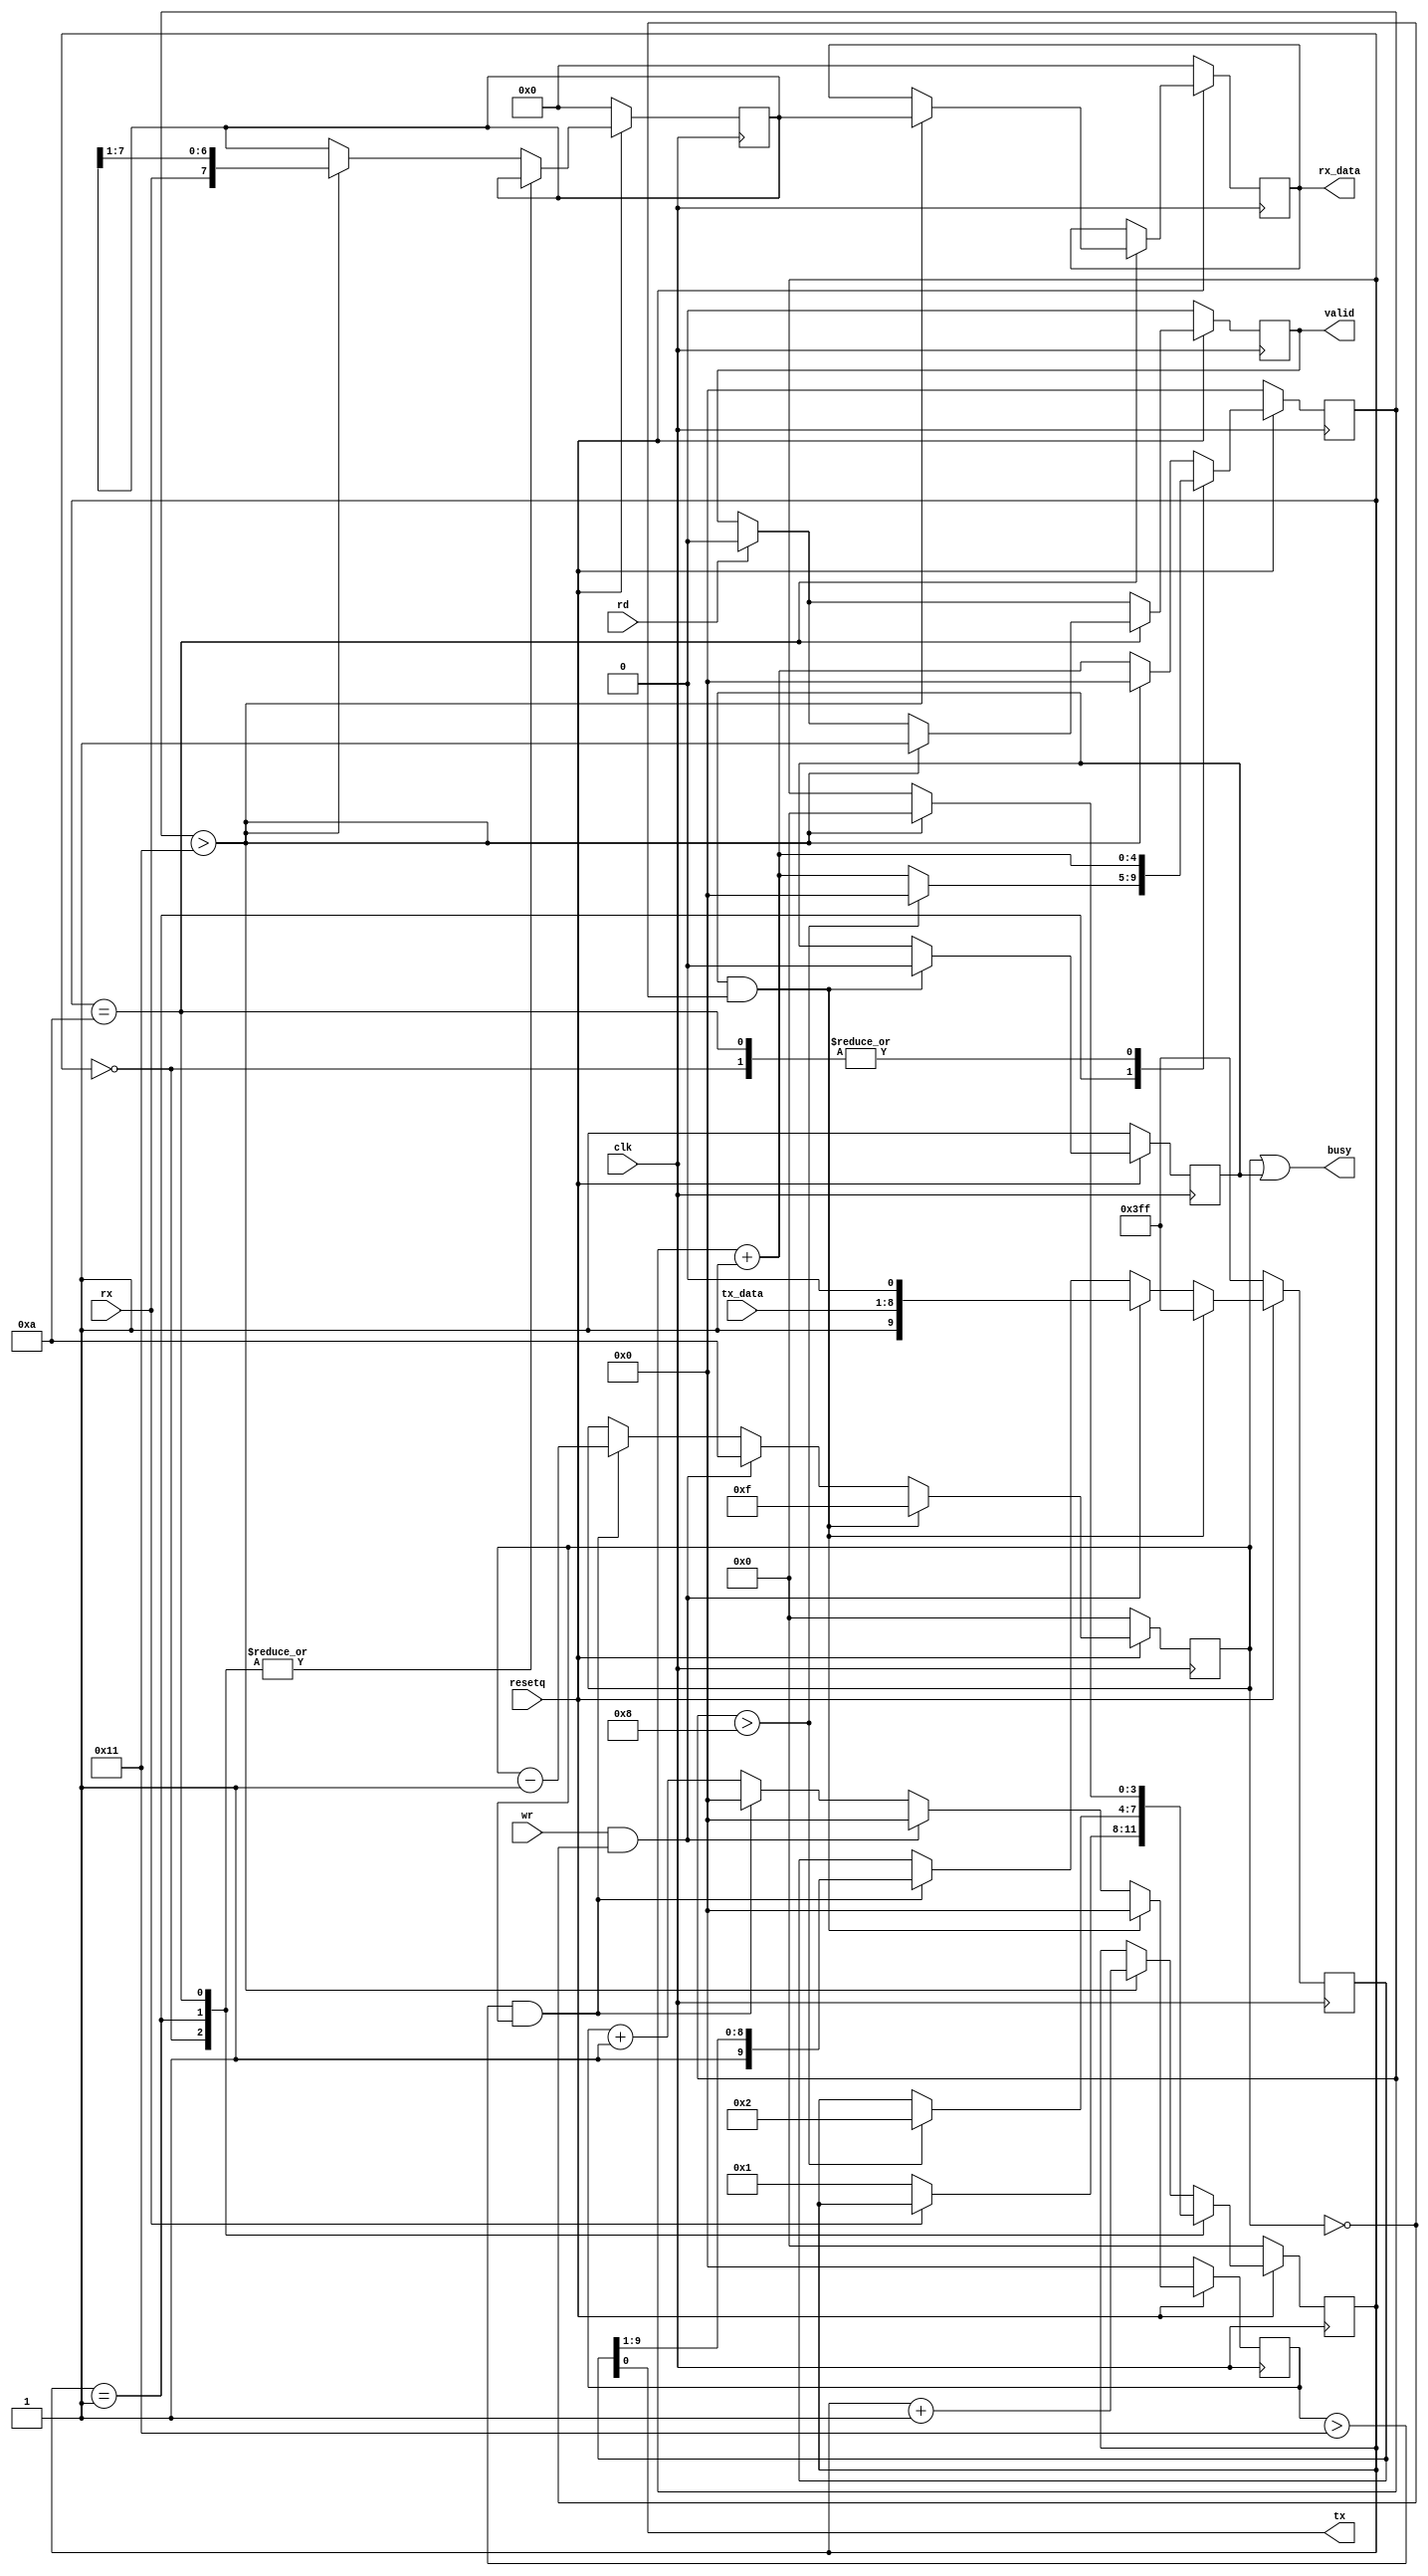
/*
 *  PicoSoC - A simple example SoC using PicoRV32
 *
 *  Copyright (C) 2017  Clifford Wolf <clifford@clifford.at>
 *
 *  Permission to use, copy, modify, and/or distribute this software for any
 *  purpose with or without fee is hereby granted, provided that the above
 *  copyright notice and this permission notice appear in all copies.
 *
 *  THE SOFTWARE IS PROVIDED "AS IS" AND THE AUTHOR DISCLAIMS ALL WARRANTIES
 *  WITH REGARD TO THIS SOFTWARE INCLUDING ALL IMPLIED WARRANTIES OF
 *  MERCHANTABILITY AND FITNESS. IN NO EVENT SHALL THE AUTHOR BE LIABLE FOR
 *  ANY SPECIAL, DIRECT, INDIRECT, OR CONSEQUENTIAL DAMAGES OR ANY DAMAGES
 *  WHATSOEVER RESULTING FROM LOSS OF USE, DATA OR PROFITS, WHETHER IN AN
 *  ACTION OF CONTRACT, NEGLIGENCE OR OTHER TORTIOUS ACTION, ARISING OUT OF
 *  OR IN CONNECTION WITH THE USE OR PERFORMANCE OF THIS SOFTWARE.
 *
 */

 // October 2019, Matthias Koch: Renamed wires
 // December 2020, Bruno Levy: parameterization with freq and bauds

module buart #(
  parameter FREQ_MHZ = 2,
  parameter BAUDS    = 115200	       
) (
    input clk,
    input resetq,

    output tx,
    input  rx,

    input  wr,
    input  rd,
    input  [7:0] tx_data,
    output [7:0] rx_data,

    output busy,
    output valid
);

    parameter divider = FREQ_MHZ * 1000000 / BAUDS;
   
    reg [3:0] recv_state;
    reg [$clog2(divider)-1:0] recv_divcnt;   // Counts to divider. Reserve enough bytes !
    reg [7:0] recv_pattern;
    reg [7:0] recv_buf_data;
    reg recv_buf_valid;

    reg [9:0] send_pattern;
    reg send_dummy;
    reg [3:0] send_bitcnt;
    reg [$clog2(divider)-1:0] send_divcnt;   // Counts to divider. Reserve enough bytes !

    assign rx_data = recv_buf_data;
    assign valid = recv_buf_valid;
    assign busy = (send_bitcnt || send_dummy);

    always @(posedge clk) begin
        if (!resetq) begin

            recv_state <= 0;
            recv_divcnt <= 0;
            recv_pattern <= 0;
            recv_buf_data <= 0;
            recv_buf_valid <= 0;

        end else begin
            recv_divcnt <= recv_divcnt + 1;

            if (rd) recv_buf_valid <= 0;

            case (recv_state)
                0: begin
                    if (!rx)
                        recv_state <= 1;
                end
                1: begin
                    if (recv_divcnt > divider/2) begin
                        recv_state <= 2;
                        recv_divcnt <= 0;
                    end
                end
                10: begin
                    if (recv_divcnt > divider) begin
                        recv_buf_data <= recv_pattern;
                        recv_buf_valid <= 1;
                        recv_state <= 0;
                    end
                end
                default: begin
                   if (recv_divcnt > divider) begin
                        recv_pattern <= {rx, recv_pattern[7:1]};
                        recv_state <= recv_state + 1;
                        recv_divcnt <= 0;
                    end
                end
            endcase
        end
    end

    assign tx = send_pattern[0];

    always @(posedge clk) begin
        send_divcnt <= send_divcnt + 1;
        if (!resetq) begin
            send_pattern <= ~0;
            send_bitcnt <= 0;
            send_divcnt <= 0;
            send_dummy <= 1;
        end else begin
            if (send_dummy && !send_bitcnt) begin
                send_pattern <= ~0;
                send_bitcnt <= 15;
                send_divcnt <= 0;
                send_dummy <= 0;
            end else if (wr && !send_bitcnt) begin
                send_pattern <= {1'b1, tx_data[7:0], 1'b0};
                send_bitcnt <= 10;
                send_divcnt <= 0;
            end else if (send_divcnt > divider && send_bitcnt) begin
                send_pattern <= {1'b1, send_pattern[9:1]};
                send_bitcnt <= send_bitcnt - 1;
                send_divcnt <= 0;
            end
        end 
    end

endmodule